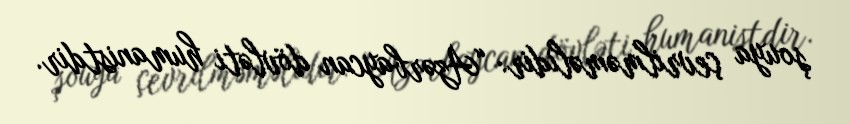
şouya çevrilməməlidir: “Azərbaycan dövləti humanistdir.